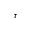
_ \tau